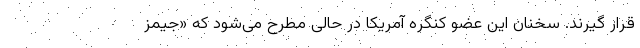
قرار گیرند. سخنان این عضو کنگره آمریکا در حالی مطرح می‌شود که «جیمز